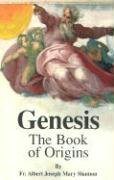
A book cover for Genesis: The Book of Origins; Albert Joseph Mary Shamon; Christian Books & Bibles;